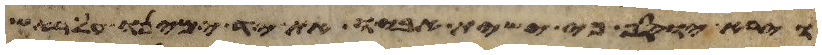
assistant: וירא יוסף כי ישית אביו את יד ימינו על ראש